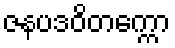
ဇနပဒဝိတက္ကော